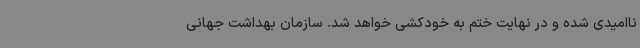
ناامیدی شده و در نهایت ختم به خودکشی خواهد شد. سازمان بهداشت جهانی